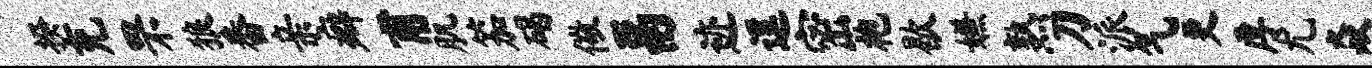
揆充罘狼番亲癖甫肌笳碣儆鬲迹逗密袍歇嫌熟刀派气更厚尤焱